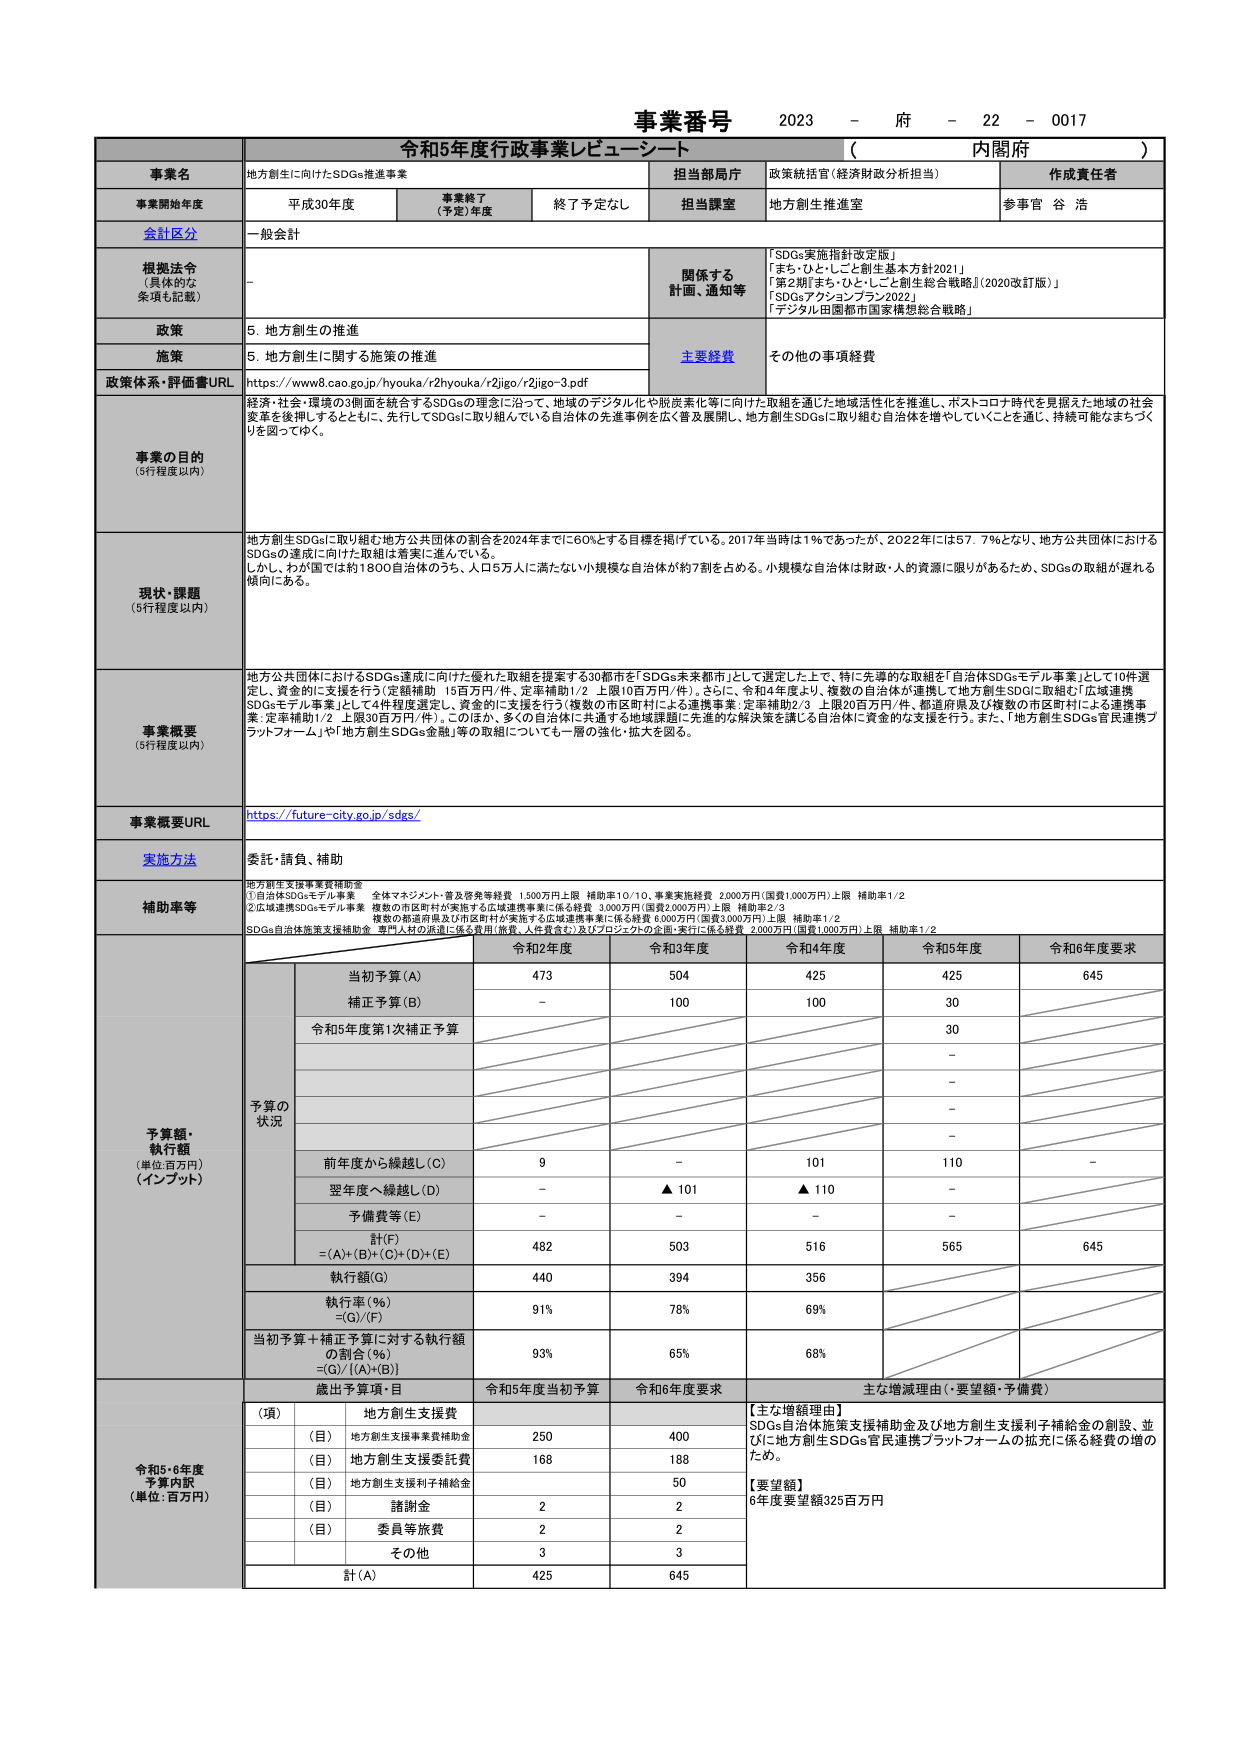
事業番号 2023 - 府 - 22 - 0017
令和5年度行政事業レビューシート （内閣府）

事業名 地方創生に向けたSDGs推進事業
担当部局庁 政策統括官（経済財政分析担当）
作成責任者 参事官 谷 浩

事業開始年度 平成30年度
事業終了（予定）年度 終了予定なし
担当課室 地方創生推進室

会計区分 一般会計

根拠法令（具体的な条項も記載） -
関係する計画、通知等
「SDGs実施指針改定版」
「まち・ひと・こと創生基本方針2021」
「第2期『まち・ひと・しごと創生総合戦略』（2020改訂版）」
「SDGsアクションプラン2022」
「デジタル田園都市国家構想総合戦略」

政策 5. 地方創生の推進
施策 5. 地方創生に関する施策の推進
主要経費 その他の事項経費

政策体系・評価書URL https://www8.cao.go.jp/hyouka/r2hyouka/r2jigo/r2jigo-3.pdf

事業の目的（5行程度以内）
経済・社会・環境の3側面を統合するSDGsの理念に沿って、地域のデジタル化や脱炭素化等に向けた取組を通じた地域活性化を推進し、ポストコロナ時代を見据えた地域の社会変革を後押しするとともに、先行してSDGsに取り組んでいる自治体の先進事例を広く普及展開し、地方創生SDGsに取り組む自治体を増やしていくことを通し、持続可能なまちづくりを図ってゆく。

現状・課題（5行程度以内）
地方創生SDGsに取り組む地方公共団体の割合を2024年までに60%とする目標を掲げている。2017年当時は1%であったが、2022年には57.7%となり、地方公共団体におけるSDGsの達成に向けた取組は着実に進んでいる。
しかし、わが国では約1800自治体のうち、人口5万人に満たない小規模な自治体が約7割を占める。小規模な自治体は財政・人的資源に限りがあるため、SDGsの取組が遅れる傾向にある。

事業概要（5行程度以内）
地方公共団体におけるSDGs達成に向けた優れた取組を提案する30都市を「SDGs未来都市」として選定した上で、特に先導的な取組を「自治体SDGsモデル事業」として10件選定し、資金的に支援を行う（定額補助 15百万円/件、定率補助1/2 上限10百万円/件）。さらに、令和4年度より、複数の自治体が連携して地方創生SDGに取組む「広域連携SDGsモデル事業」として4件程度選定し、資金的に支援を行う（複数の市区町村による連携事業：定率補助2/3 上限20百万円/件、都道府県及び複数の市区町村による連携事業：定率補助1/2 上限30百万円/件）。このほか、多くの自治体に共通する地域課題に先進的な解決策を講じる自治体に資金的な支援を行う。また、「地方創生SDGs官民連携プラットフォーム」や「地方創生SDGs金庫」等の取組についても一層の強化・拡大を図る。

事業概要URL https://future-city.go.jp/sdgs/

実施方法 委託・請負、補助

補助率等
地方創生支援事業費補助金
①自治体SDGsモデル事業 全体マネジメント・普及啓発等経費 1,500万円上限 補助率1/10、事業実施経費 2,000万円（国費1,000万円）上限 補助率1/2
②広域連携SDGsモデル事業 複数の市区町村が実施する広域連携事業に係る経費 3,000万円（国費2,000万円）上限 補助率2/3
複数の都道府県及び市区町村が実施する広域連携事業に係る経費 6,000万円（国費3,000万円）上限 補助率1/2
SDGs自治体施策支援補助金 専門人材の派遣に係る費用（旅費、人件費含む）及びプロジェクトの企画・実行に係る経費 2,000万円（国費1,000万円）上限 補助率1/2

予算額・執行額（単位:百万円）（インプット）
予算の状況
令和2年度 令和3年度 令和4年度 令和5年度 令和6年度要求
当初予算（A） 473 504 425 425 645
補正予算（B） - 100 100 30
令和5年度第1次補正予算 30
-
-
-
-
前年度から繰越し（C） 9 - 101 110 -
翌年度へ繰越し（D） - ▲101 ▲110 -
予備費等（E） - - - -
計(F) = (A)+(B)+(C)+(D)+(E) 482 503 516 565 645
執行額(G) 440 394 356
執行率(%) = (G)/(F) 91% 78% 69%
当初予算＋補正予算に対する執行額の割合(%) = (G)/[(A)+(B)] 93% 65% 68%

令和5・6年度予算内訳（単位:百万円）
歳出予算項・目 令和5年度当初予算 令和6年度要求 主な増減理由（・要望額・予備費）
（項） 地方創生支援費
（目） 地方創生支援事業費補助金 250 400
（目） 地方創生支援委託費 168 188
（目） 地方創生支援利子補給金 50
（目） 請謝金 2 2
（目） 委員等旅費 2 2
その他 3 3
計(A) 425 645
【主な増額理由】
SDGs自治体施策支援補助金及び地方創生支援利子補給金の創設、並びに地方創生SDGs官民連携プラットフォームの拡充に係る経費の増のため。
【要望額】
6年度要望額325百万円